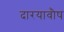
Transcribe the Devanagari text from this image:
दारयावौष